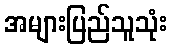
အများပြည်သူသုံး